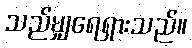
သည်မျှရေရှားသည်။